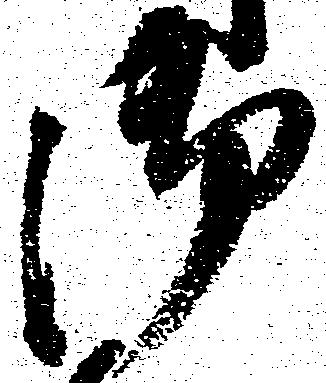
御